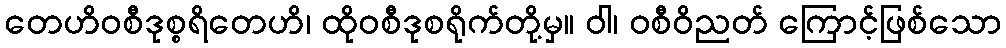
တေဟိဝစီဒုစ္စရိတေဟိ၊ ထိုဝစီဒုစရိုက်တို့မှ။ ဝါ၊ ဝစီဝိညတ် ကြောင့်ဖြစ်သော